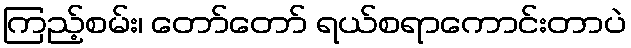
ကြည့်စမ်း၊ တော်တော် ရယ်စရာကောင်းတာပဲ